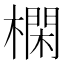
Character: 㯗